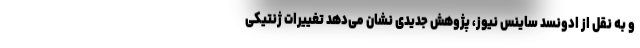
و به نقل از ادونسد ساینس نیوز، پژوهش جدیدی نشان می‌دهد تغییرات ژنتیکی